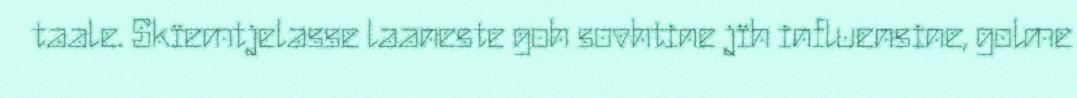
taale. Skïemtjelasse laaneste goh sovhtine jïh influensine, golme